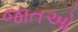
જાતઓ